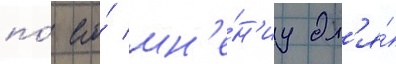
по́ его́ мн'е́н'иу дл'я́